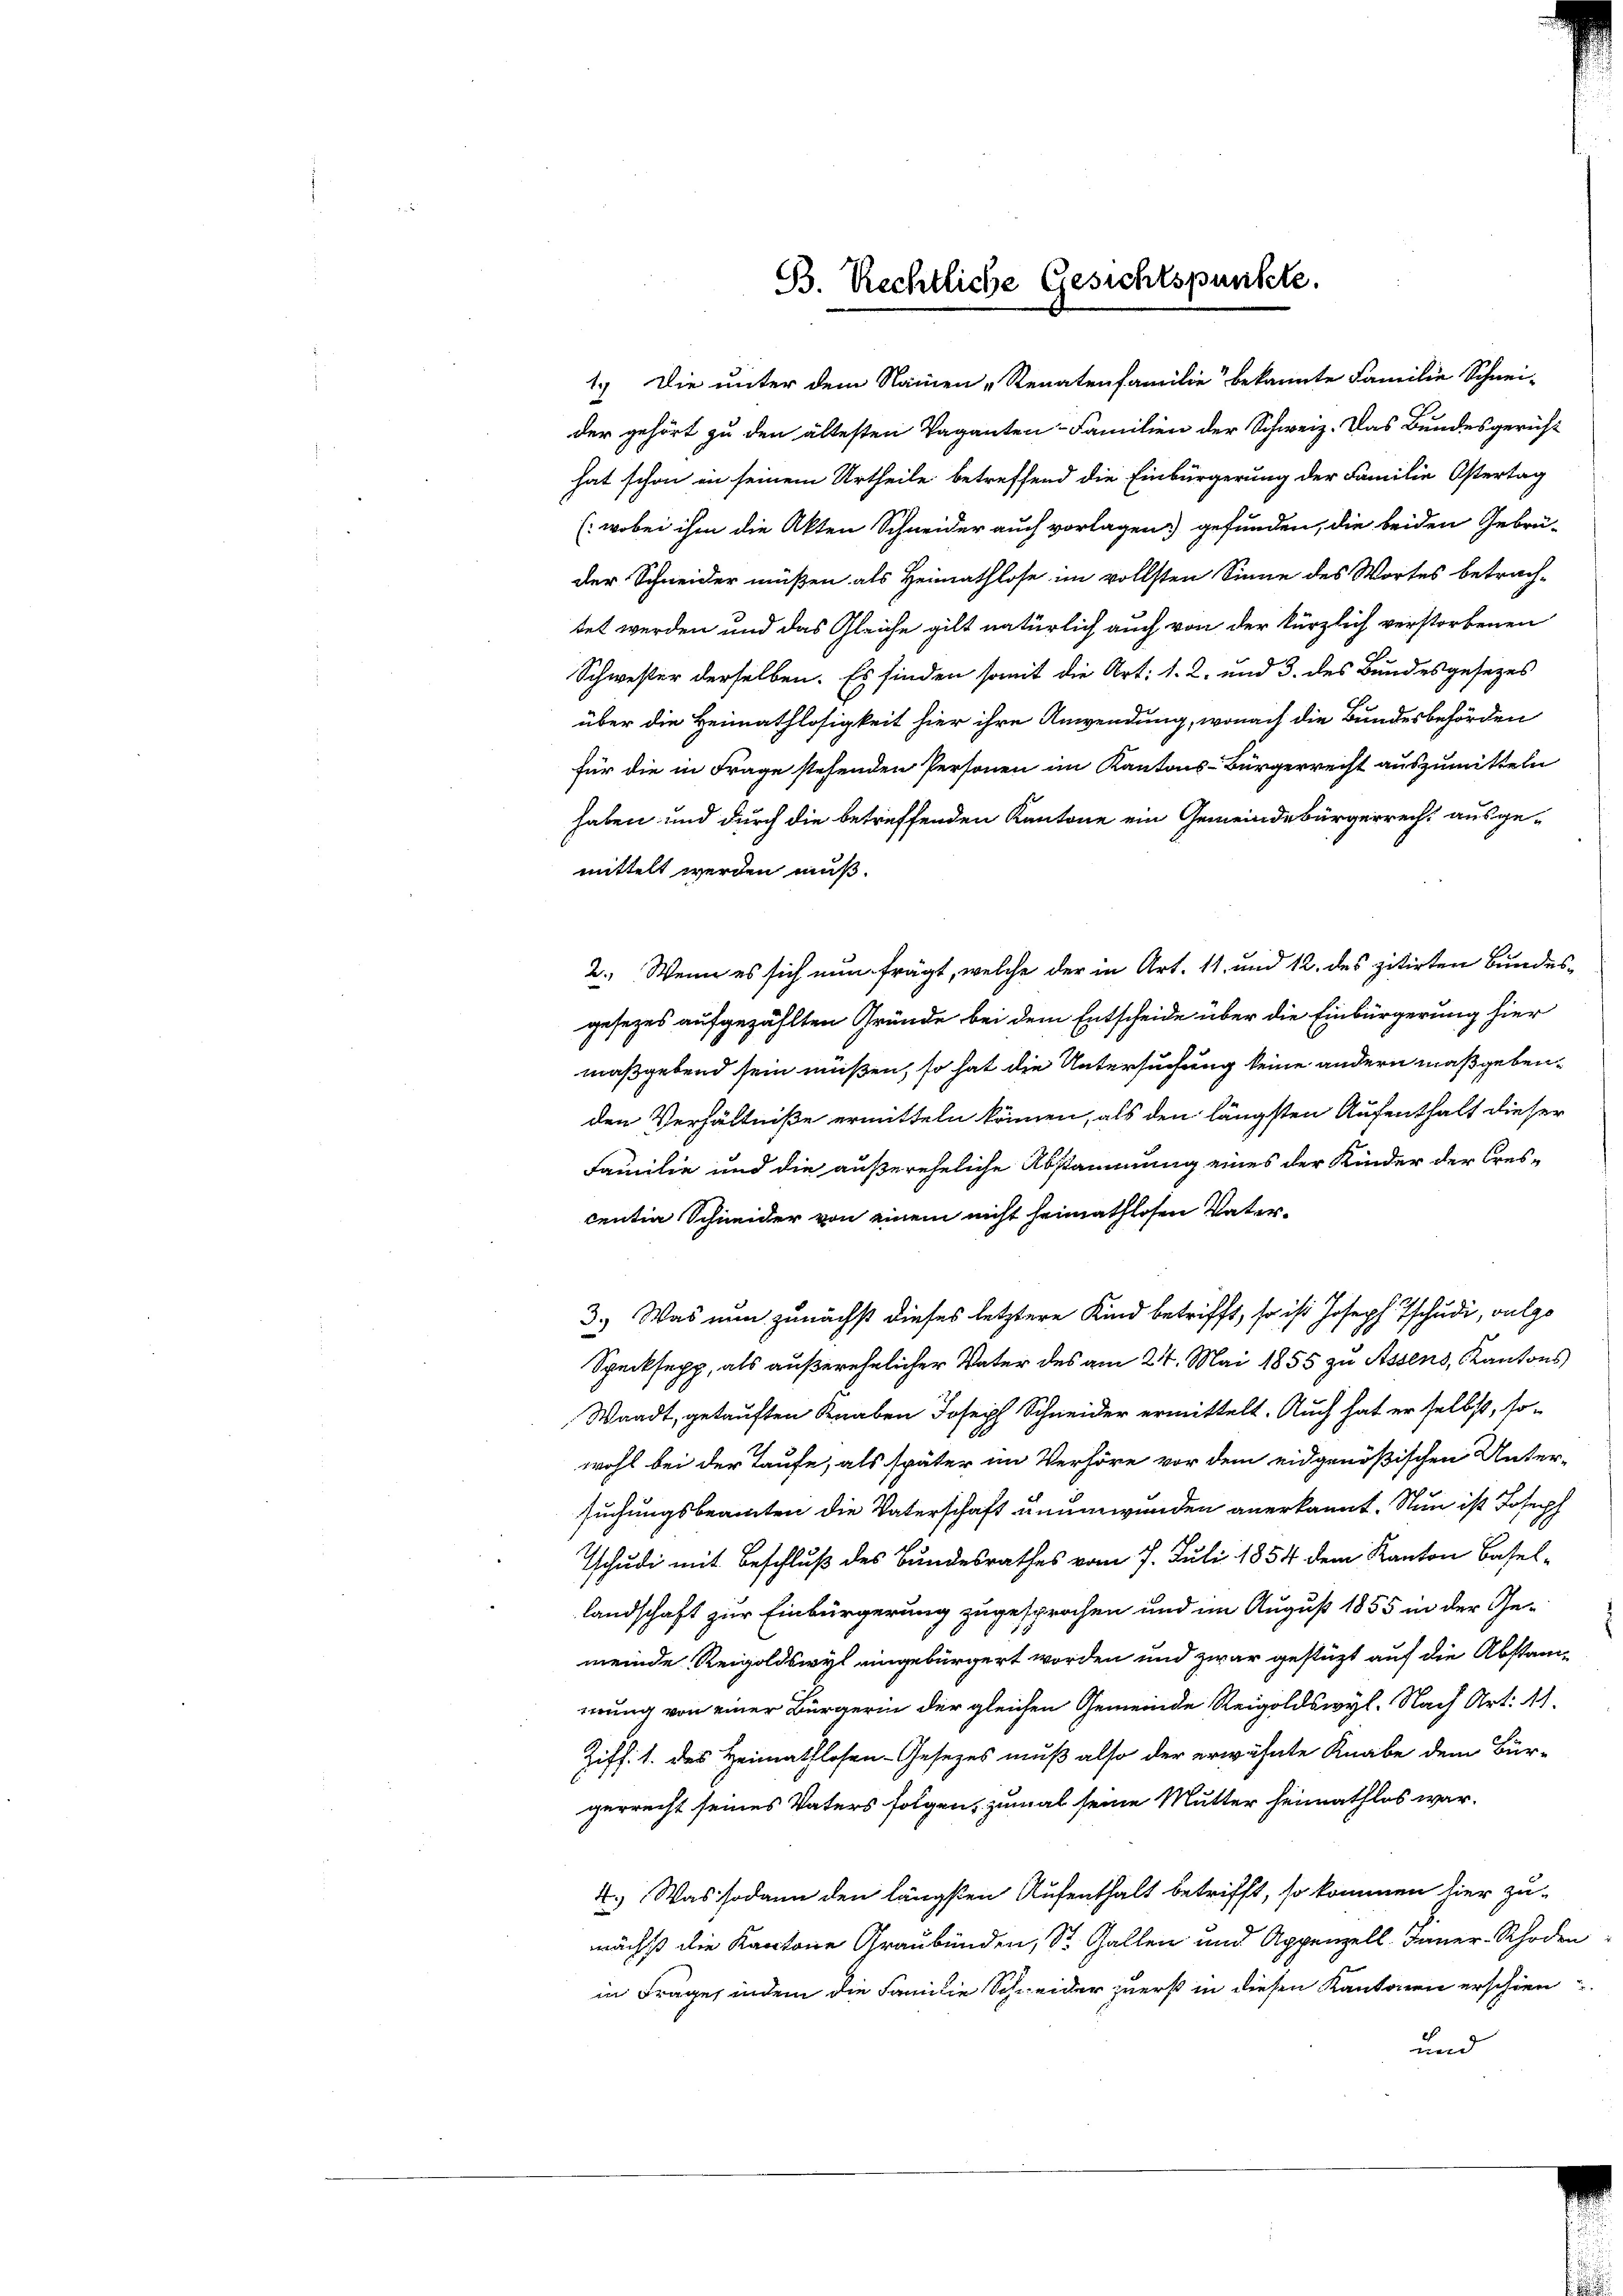
B. Rechtliche Gesichtspunkte.

1.) Die unter dem Namen-Renatenfamilie bekannte Familie Schnei-
der gehört zu den ältesten Vaganten- Familien der Schweiz. Das Bundesgericht
hat schon in seinem Urtheile betreffend die Einbürgerung der Familie Ostertag
(wobei ihm die Akten Schneider auch vorlagen gefunden, die beiden Gebrü-
der Schneider müßen als Heimathlose im vollsten Sinne des Wortes betrach-
tet werden und das Gleiche gilt natürlich auch von der kürzlich verstorbenen
Schwester derselben. Es finden somit die Art: 1. 2. und 3. des Bundesgesezes
über die Heimathlosigkeit hier ihre Anwendung, wonach die Bundesbehörden
für die in Frage stehenden Personen im Kantons-Bürgerrecht auszumitteln
haben und durch die betreffenden Kantone ein Gemeindebürgerrecht ausge-
mittelt werden muß.
2.) Wenn es sich nun frägt, welche der in Art. 11. und 12. des zitirten Bundesgesezes aufgezählten Gründe bei dem Entscheide über die Einbürgerung hier
maßgebend sein müßen, so hat die Untersuchung keine andern maßgebenden Verhältniße ermitteln können, als den längsten Aufenthalt dieser
Familie und die außereheliche Abstammung eines der Kinder der Crescentia Schneider von einem nicht heimathlosen Vater¬
3.) Was nun zunächst dieses letztere Kind betrifft, so ist Joseph Tschudi, vulgo
Specksepp, als außerehelicher Vater des am 24. Mai 1855 zu Assens, Kantons
Waadt, getauften Knaben Joseph Schneider ermittelt. Auch hat er selbst, so-
wohl bei der Taufe, als später im Verhöre vor dem eidgenößischen Unter-
suchungsbeamten die Vaterschaft unumwunden anerkannt. Nun ist Joseph
Tschudi mit Beschluß des Bundesrathes vom 7. Juli 1854 dem Kanton Basel-
landschaft zur Einbürgerung zugesprochen und im August 1855 in der Ge-
meinde Reigoldswyl eingebürgert worden und zwar gestützt auf die Abstandmung von einer Bürgerin der gleichen Gemeinde Reigoldswyl. Nach Art. 11.
Ziff. 1. des Heimathlosen-Gesezes muß also der erwähnte Knabe dem Bürgerrecht seines Vaters folgen, zumal seine Mutter heimathlos war.
4.) Was sodann den längsten Aufenthalt betrifft, so kommen hier zu-
wächst die Kantone Graubünden, St. Gallen und Appenzell. Inner-Rhoden
in Frage, indem die Familie Schneider zuerst in diesen Kantonen erschien
und